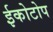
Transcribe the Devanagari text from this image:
ईकोटोप